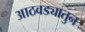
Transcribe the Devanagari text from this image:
आठवड्यातुन